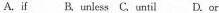
A.if B, unless C.until D.or